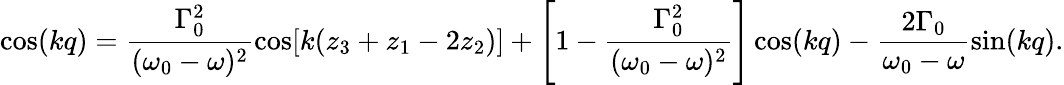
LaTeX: \cos(kq)=\frac{\Gamma_{0}^{2}}{(\omega_{0}-\omega)^{2}}\cos[k(z_{3}+z_{1}-2z_{2})]+\left[1-\frac{\Gamma_{0}^{2}}{(\omega_{0}-\omega)^{2}}\right]\cos(kq)-\frac{2\Gamma_{0}}{\omega_{0}-\omega}\sin(kq).